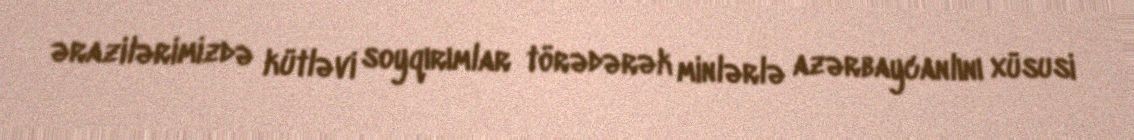
ərazilərimizdə kütləvi soyqırımlar törədərək minlərlə azərbaycanlını xüsusi